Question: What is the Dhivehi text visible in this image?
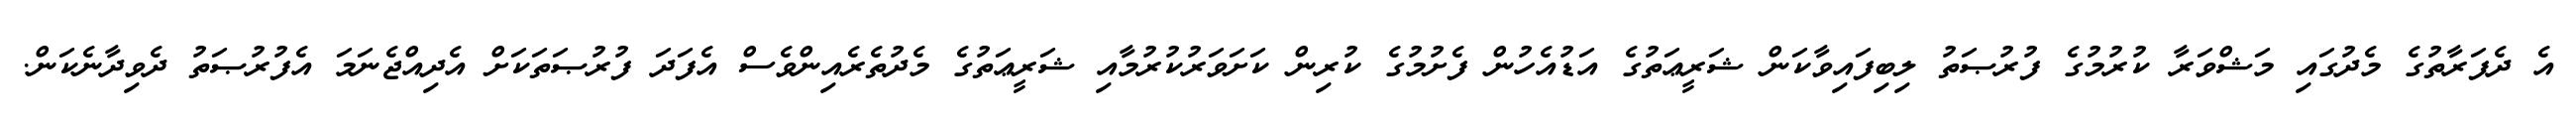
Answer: އެ ދެފަރާތުގެ މެދުގައި މަޝްވަރާ ކުރުމުގެ ފުރުޞަތު ލިބިފައިވާކަން ޝަރީޢަތުގެ އަޑުއެހުން ފެށުމުގެ ކުރިން ކަށަވަރުކުރުމާއި ޝަރީޢަތުގެ މެދުތެރެއިންވެސް އެފަދަ ފުރުޞަތަކަށް އެދިއްޖެނަމަ އެފުރުޞަތު ދެވިދާނެކަން.